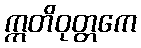
ဣတိဝုတ္တကေ